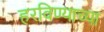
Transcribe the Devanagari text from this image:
हरविण्याच्या